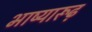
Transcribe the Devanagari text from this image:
भाष्यारूढ़